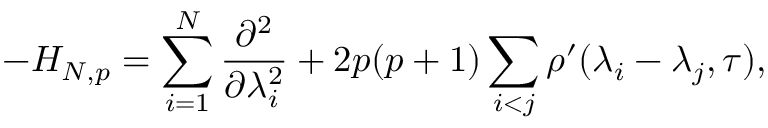
- H _ { N , p } = \sum _ { i = 1 } ^ { N } \frac { \partial ^ { 2 } } { \partial \lambda _ { i } ^ { 2 } } + 2 p ( p + 1 ) \sum _ { i < j } \rho ^ { \prime } ( \lambda _ { i } - \lambda _ { j } , \tau ) ,